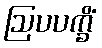
ဩပပက္ခိံ